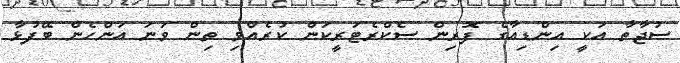
ސުޖާތާ އަކީ އިންޑިއާގެ ފޮރިން ސެކްރެޓަރީކަން ކުރެއްވި ތިން ވަނަ އަންހެން ބޭފުޅާ